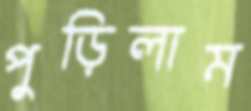
পুড়িলাম